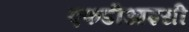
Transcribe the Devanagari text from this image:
एफडीआइसी